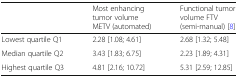
|  | Most enhancing tumor volume METV (automated) | Functional tumor volume FTV (semi-manual) [8] |
 | --- | --- | --- |
 | Lowest quartile Q1 | 2.28 [1.08; 4.61] | 2.68 [1.32; 5.48] |
 | Median quartile Q2 | 3.43 [1.83; 6.75] | 2.23 [1.89; 4.31] |
 | Highest quartile Q3 | 4.81 [2.16; 10.72] | 5.31 [2.59; 12.85] |